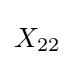
{\begin{aligned}X_{22}\end{aligned}}